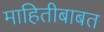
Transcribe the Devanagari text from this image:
माहितीबाबत